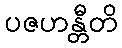
ပဇဟန္တီတိ